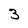
Character: 3